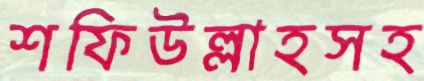
শফিউল্লাহসহ